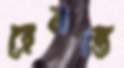
হেমন্তে